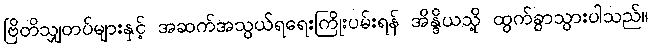
ဗြိတိသျှတပ်များနှင့် အဆက်အသွယ်ရရေးကြိုးပမ်းရန် အိန္ဒိယသို့ ထွက်ခွာသွားပါသည်။